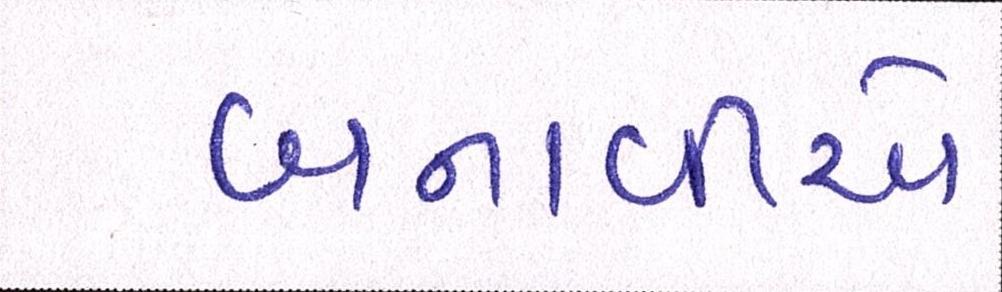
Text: બનાવીએ